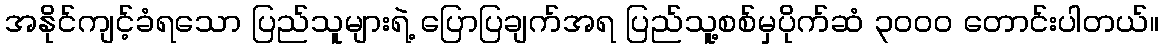
အနိုင်ကျင့်ခံရသော ပြည်သူများရဲ့ ပြောပြချက်အရ ပြည်သူ့စစ်မှပိုက်ဆံ ၃၀၀၀ တောင်းပါတယ်။